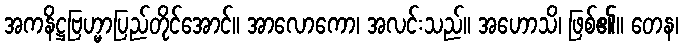
အကနိဋ္ဌဗြဟ္မာပြည်တိုင်အောင်။ အာလောကော၊ အလင်းသည်။ အဟောသိ၊ ဖြစ်၏။ တေန၊